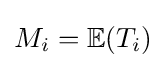
M_{i}=\mathbb {E} (T_{i})